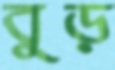
বুড়